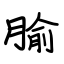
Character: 腧